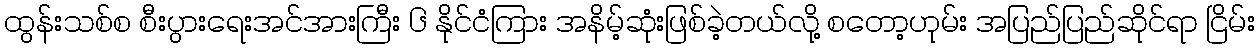
ထွန်းသစ်စ စီးပွားရေးအင်အားကြီး ၆ နိုင်ငံကြား အနိမ့်ဆုံးဖြစ်ခဲ့တယ်လို့ စတော့ဟုမ်း အပြည်ပြည်ဆိုင်ရာ ငြိမ်း